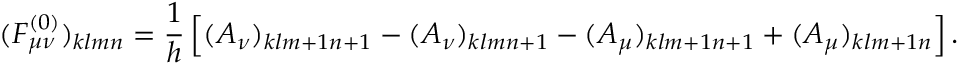
( { \cal F } _ { \mu \nu } ^ { ( 0 ) } ) _ { k l m n } = { \frac { 1 } { h } } \left[ ( { \cal A } _ { \nu } ) _ { k l m + 1 n + 1 } - ( { \cal A } _ { \nu } ) _ { k l m n + 1 } - ( { \cal A } _ { \mu } ) _ { k l m + 1 n + 1 } + ( { \cal A } _ { \mu } ) _ { k l m + 1 n } \right] .